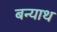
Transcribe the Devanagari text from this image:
बन्याथ